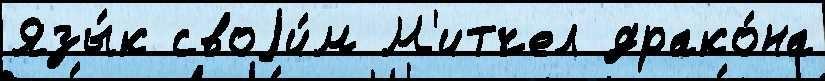
Язы́к своjи́м М'итчел драко́на